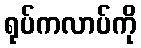
ရုပ်ကလာပ်ကို